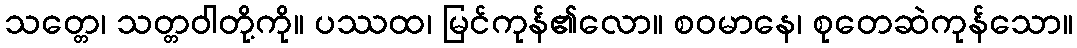
သတ္တေ၊ သတ္တဝါတို့ကို။ ပဿထ၊ မြင်ကုန်၏လော။ စဝမာနေ၊ စုတေဆဲကုန်သော။